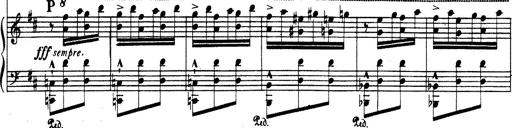
Title: Rhapsodie espagnole
Composer: Franz Liszt